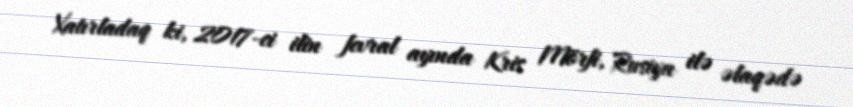
Xatırladaq ki, 2017-ci ilin fevral ayında Kris Mörfi, Rusiya ilə əlaqədə